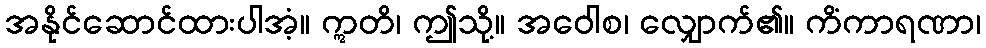
အနိုင်ဆောင်ထားပါအံ့။ ဣတိ၊ ဤသို့။ အဝေါစ၊ လျှောက်၏။ ကိံကာရဏာ၊